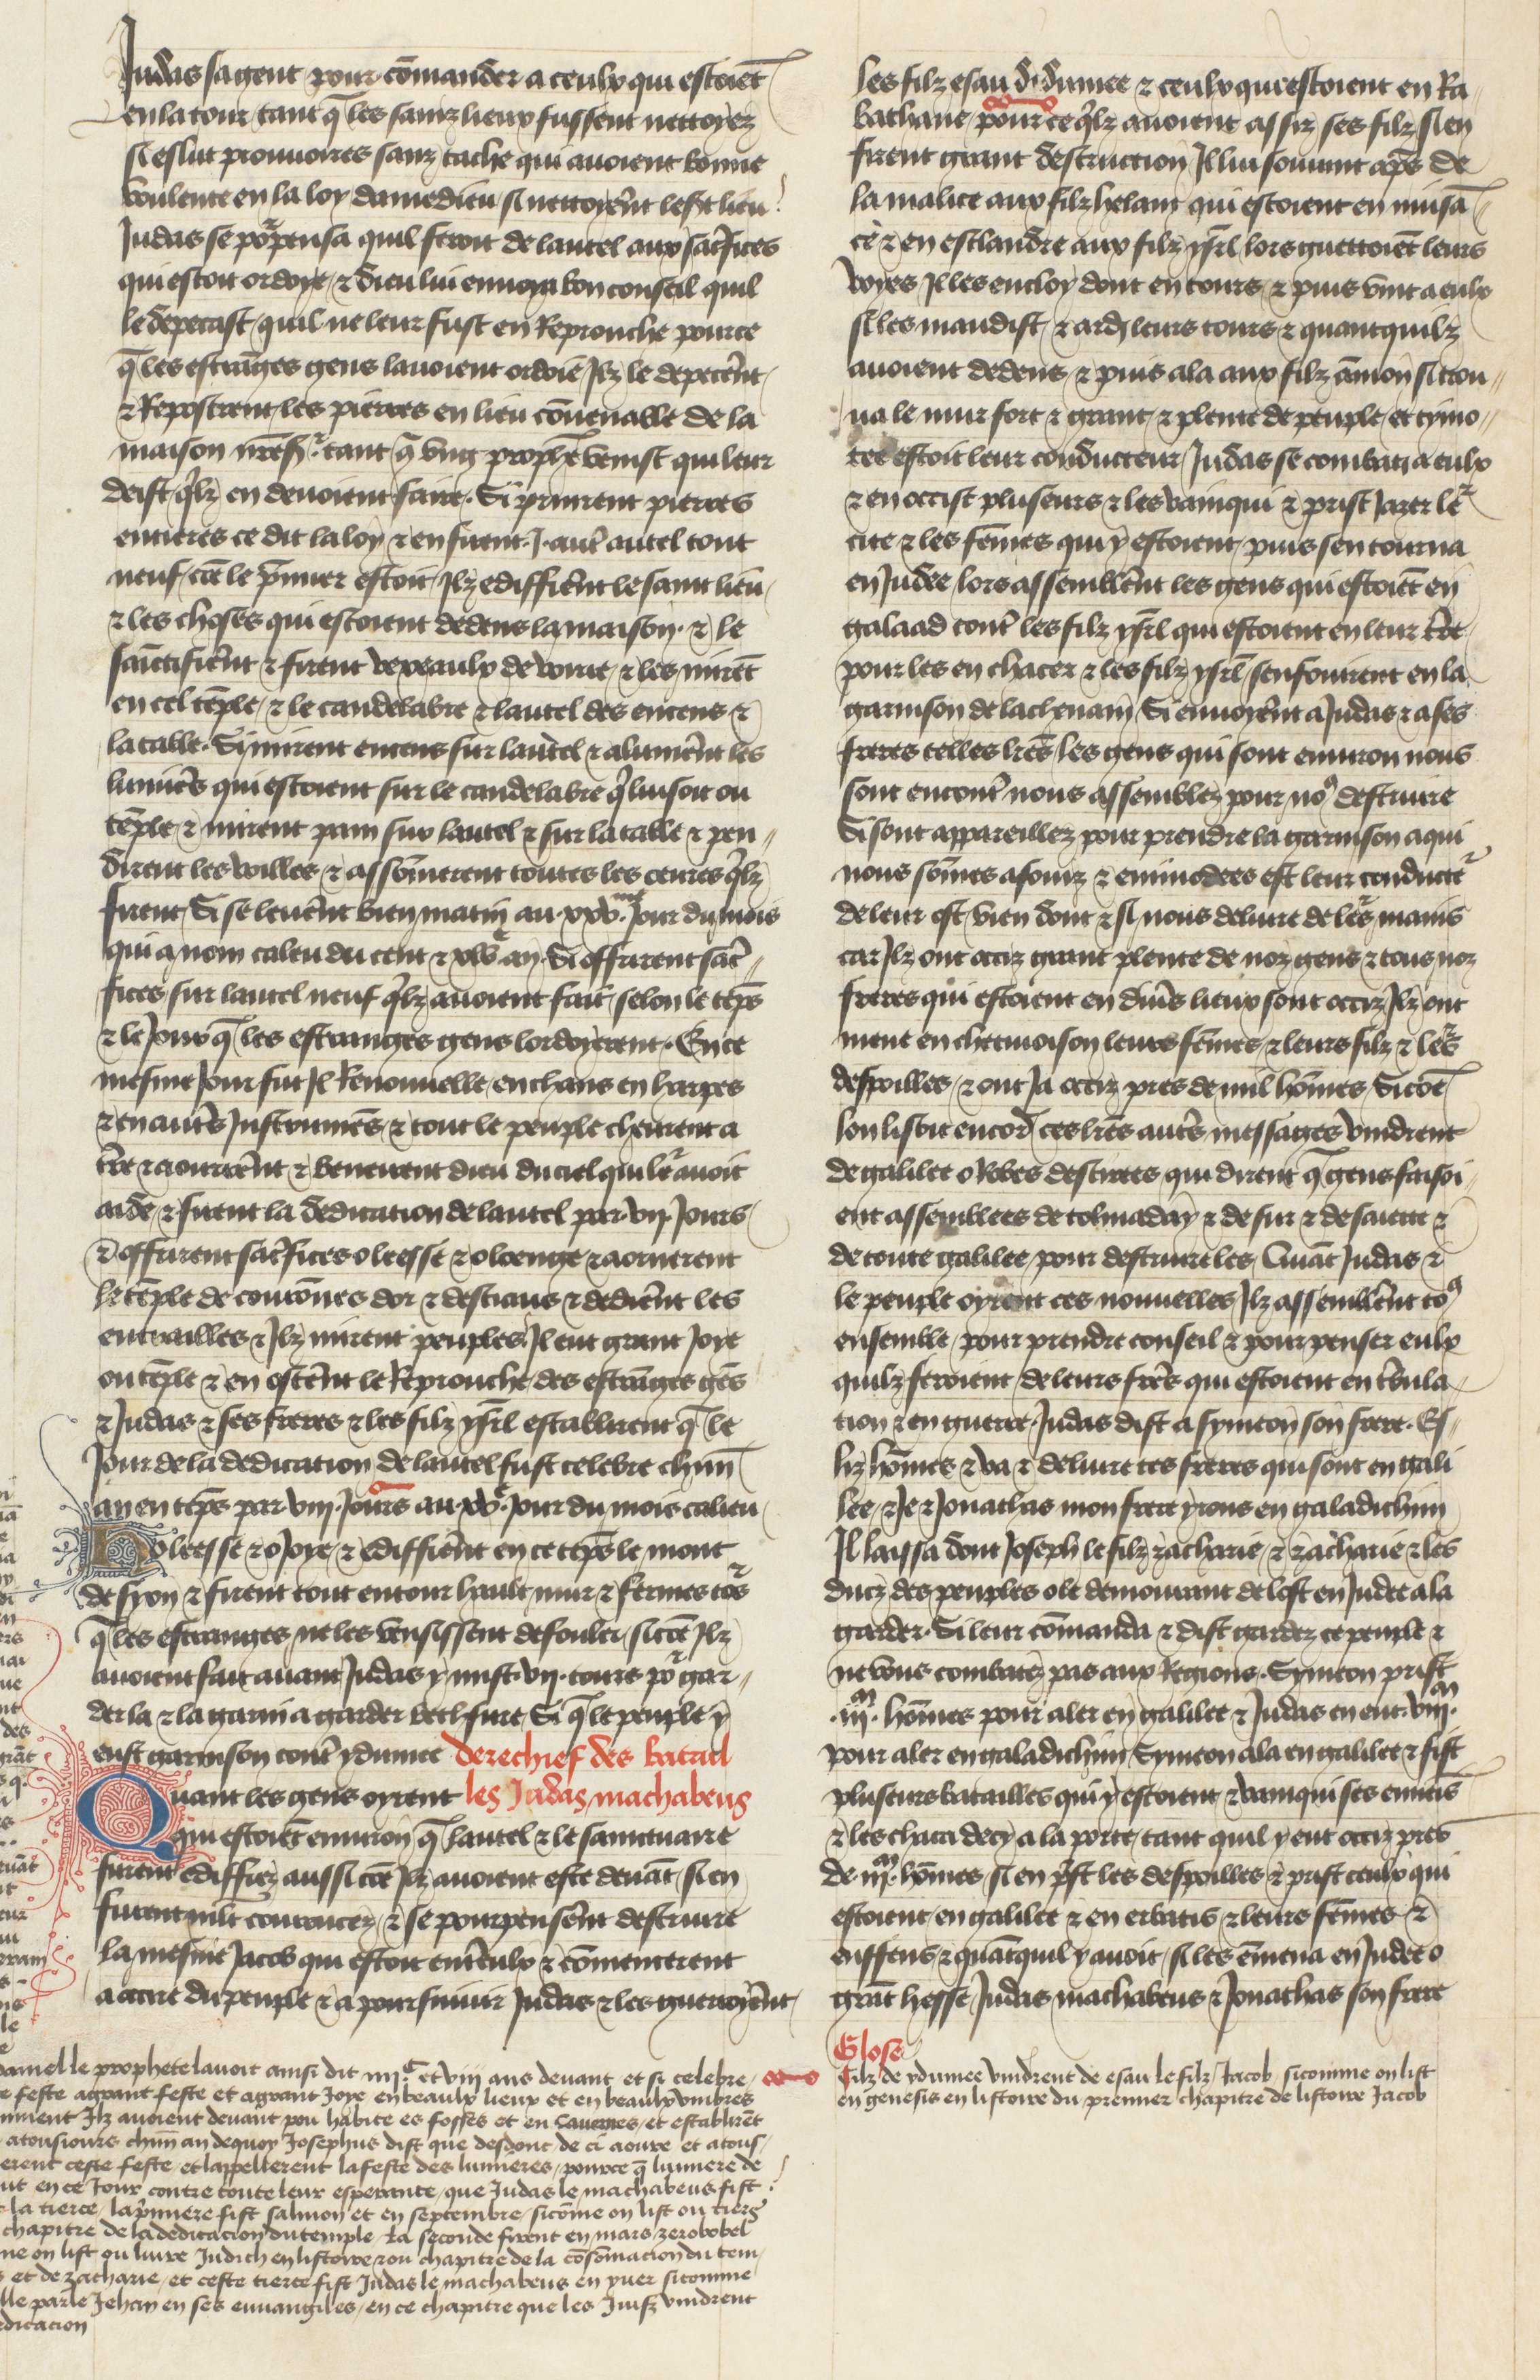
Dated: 1400–1450